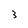
Character: 3